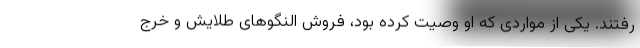
رفتند. یکی از مواردی که او وصیت کرده بود، فروش النگو‌های طلایش و خرج